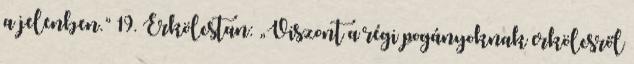
a jelenben.” 19. Erkölcstan: „Viszont a régi pogányoknak erkölcsről